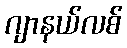
ဂျာနယ်လစ်